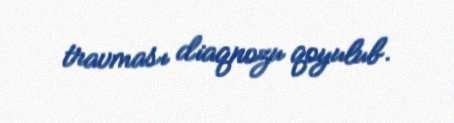
travması diaqnozu qoyulub.